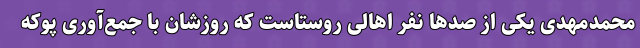
محمدمهدی یکی از صدها نفر اهالی روستاست که روزشان با جمع‌آوری پوکه